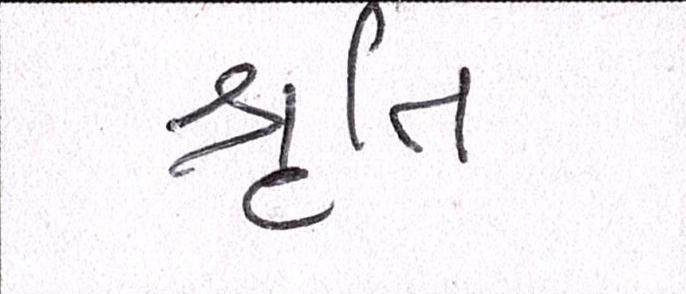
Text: શ્રુતિ